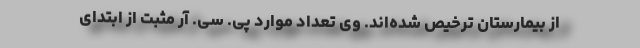
از بیمارستان ترخیص شده‌اند. وی تعداد موارد پی. سی. آر مثبت از ابتدای